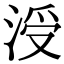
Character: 涭